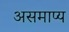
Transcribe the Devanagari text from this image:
असमाप्य